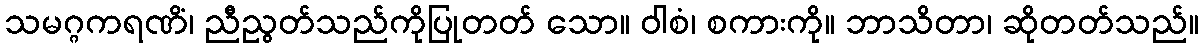
သမဂ္ဂကရဏိံ၊ ညီညွတ်သည်ကိုပြုတတ် သော။ ဝါစံ၊ စကားကို။ ဘာသိတာ၊ ဆိုတတ်သည်။